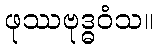
ဖုဿဗုဒ္ဓဝံသ။